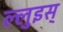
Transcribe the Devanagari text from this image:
ल्लुइस्